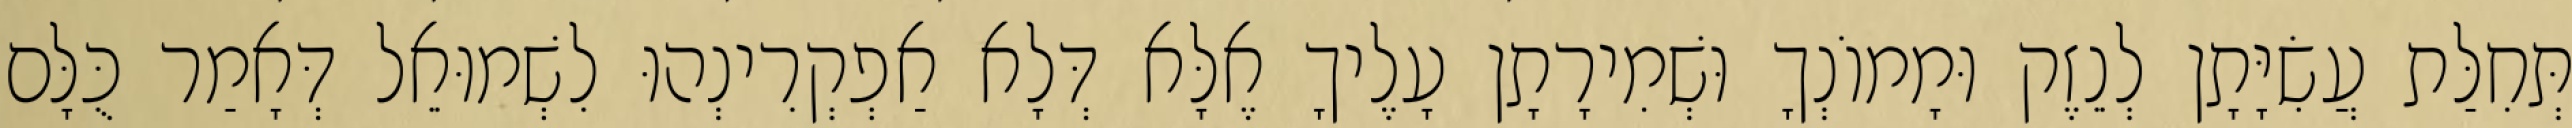
תְּחִלַּת עֲשִׂיָּתָן לְנֵזֶק וּמָמוֹנְךָ וּשְׁמִירָתָן עָלֶיךָ אֶלָּא דְּלָא אַפְקְרִינְהוּ לִשְׁמוּאֵל דְּאָמַר כֻּלָּם